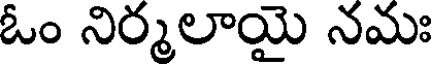
ఓం నిర్మలాయై నమః